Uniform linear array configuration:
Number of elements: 12
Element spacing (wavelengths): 0.5
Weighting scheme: exponential
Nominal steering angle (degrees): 15
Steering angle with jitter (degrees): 15.216
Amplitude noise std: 0.05
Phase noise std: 0.05

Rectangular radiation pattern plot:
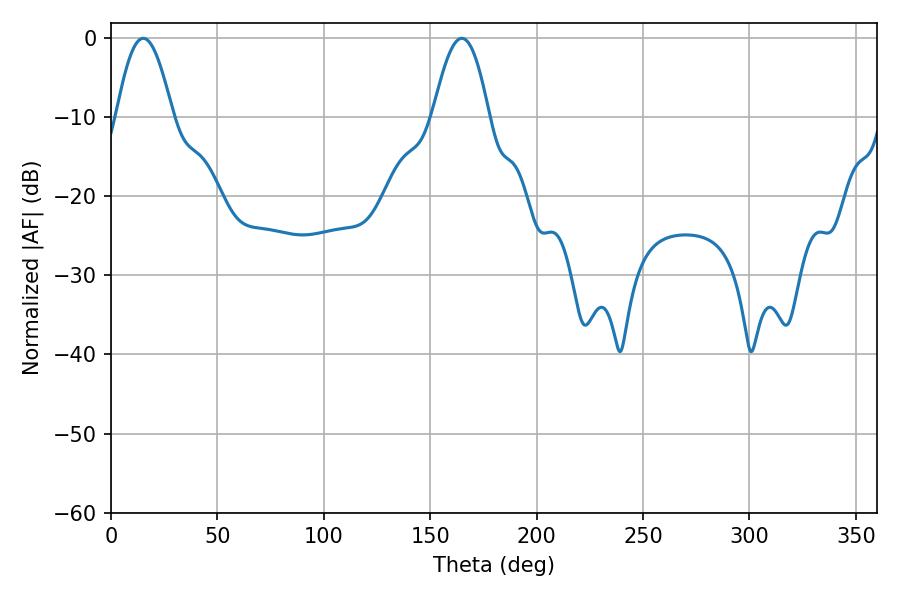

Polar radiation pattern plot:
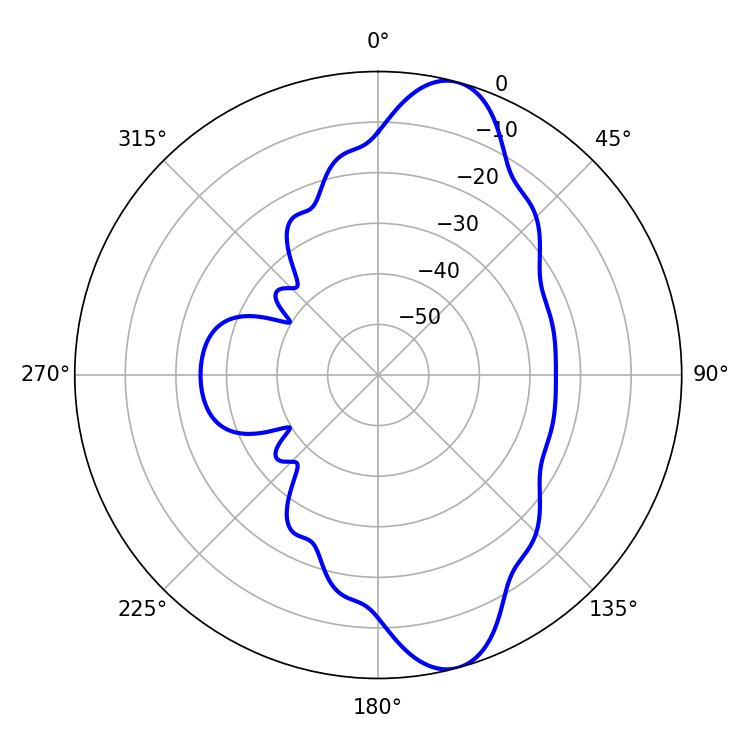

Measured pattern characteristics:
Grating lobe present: FALSE
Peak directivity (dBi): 10.959
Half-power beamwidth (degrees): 14.4
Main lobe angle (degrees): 15.12